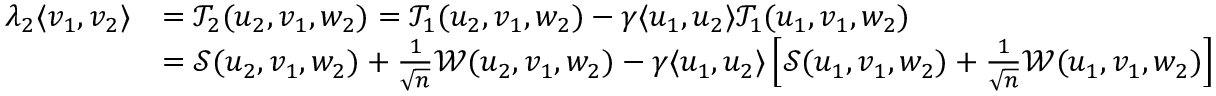
\begin{array} { r l } { \lambda _ { 2 } \langle v _ { 1 } , v _ { 2 } \rangle } & { = { \mathcal { T } } _ { 2 } ( u _ { 2 } , v _ { 1 } , w _ { 2 } ) = { \mathcal { T } } _ { 1 } ( u _ { 2 } , v _ { 1 } , w _ { 2 } ) - { \gamma } \langle u _ { 1 } , u _ { 2 } \rangle { \mathcal { T } } _ { 1 } ( u _ { 1 } , v _ { 1 } , w _ { 2 } ) } \\ & { = { \mathcal { S } } ( u _ { 2 } , v _ { 1 } , w _ { 2 } ) + \frac { 1 } { \sqrt n } { \mathcal { W } } ( u _ { 2 } , v _ { 1 } , w _ { 2 } ) - { \gamma } \langle u _ { 1 } , u _ { 2 } \rangle \left[ { \mathcal { S } } ( u _ { 1 } , v _ { 1 } , w _ { 2 } ) + \frac { 1 } { \sqrt n } { \mathcal { W } } ( u _ { 1 } , v _ { 1 } , w _ { 2 } ) \right] } \end{array}